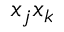
x _ { j } x _ { k }